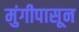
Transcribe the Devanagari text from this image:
मुंगीपासून